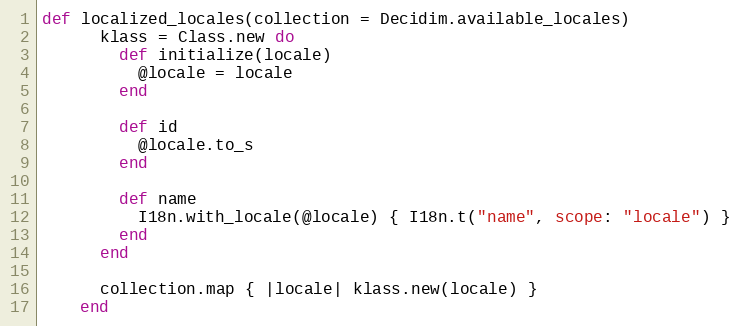
Language: Ruby
def localized_locales(collection = Decidim.available_locales)
      klass = Class.new do
        def initialize(locale)
          @locale = locale
        end

        def id
          @locale.to_s
        end

        def name
          I18n.with_locale(@locale) { I18n.t("name", scope: "locale") }
        end
      end

      collection.map { |locale| klass.new(locale) }
    end